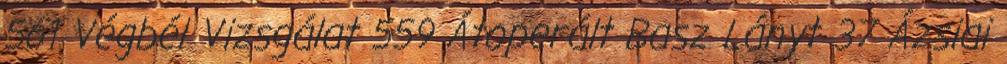
561 Végbél Vizsgálat 559 Átoperált Basz Lányt 37 Ázsiai